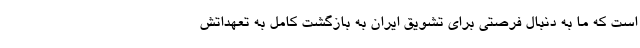
است که ما به دنبال فرصتی برای تشویق ایران به بازگشت کامل به تعهداتش